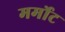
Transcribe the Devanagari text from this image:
मर्मोट